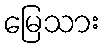
မြေသား